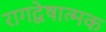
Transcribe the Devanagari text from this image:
रागद्वेषात्मक